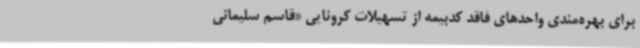
برای بهره‌مندی واحدهای فاقد کدبیمه از تسهیلات کرونایی «قاسم سلیمانی